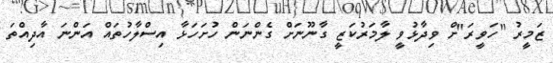
ޒަމީރު "ހަވީރަ"ށް ވިދާޅުވީ ލާމަރުކަޒީ ގާނޫނަށް ގެންނަން ހުށަހަޅާ އިސްލާހުތައް އަންނަ އާދިއްތަ